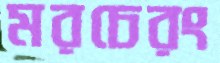
মরচেরং